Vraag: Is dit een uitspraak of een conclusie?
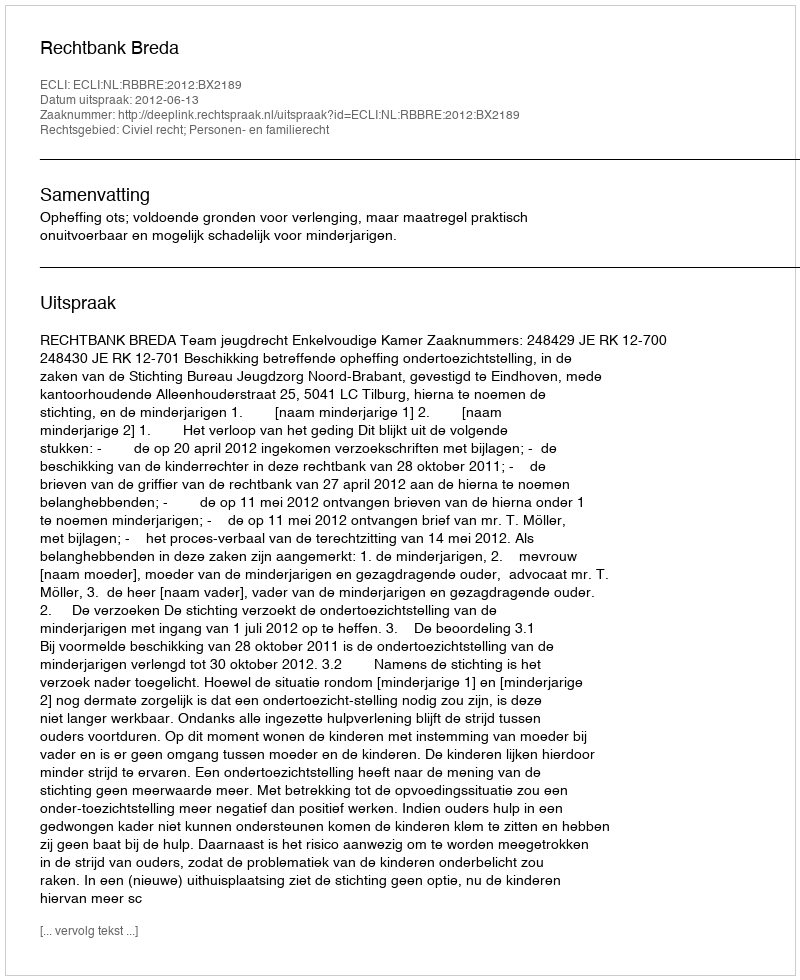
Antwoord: Uitspraak